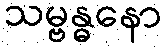
သမ္ဗန္ဓနော